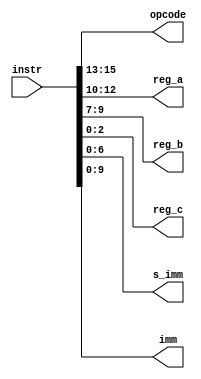
module op_decode(
    input wire [15:0] instr,
    output wire [2:0] opcode,
    output wire [2:0] reg_a,
    output wire [2:0] reg_b,
    output wire [2:0] reg_c,
    output wire signed [6:0] s_imm,
    output wire [9:0] imm
);

assign opcode = instr[15:13];
assign reg_a = instr[12:10];
assign reg_b = instr[9:7];
assign reg_c = instr[2:0];
assign s_imm = instr[6:0];
assign imm = instr[9:0];

endmodule